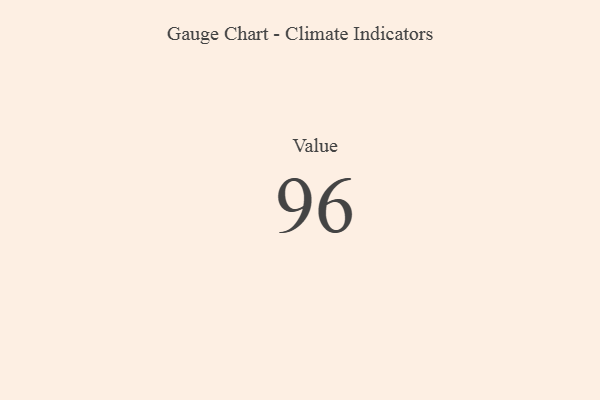
{"axis": {"x": "Metric", "y": "Value"}, "legend": [""], "data": [{"x": "Value", "y": 96, "type": ""}]}